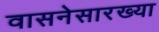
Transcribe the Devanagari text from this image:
वासनेसारख्या